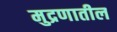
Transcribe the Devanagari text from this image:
मुद्रणातील